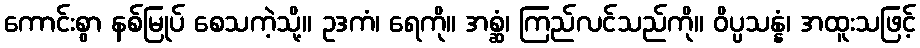
ကောင်းစွာ နစ်မြုပ် စေသကဲ့သို့။ ဥဒကံ၊ ရေကို။ အစ္ဆံ၊ ကြည်လင်သည်ကို။ ဝိပ္ပသန္နံ၊ အထူးသဖြင့်